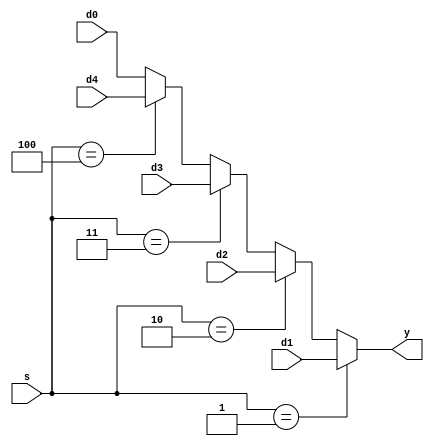
`timescale 1ns / 1ps

module mux5 #(parameter WIDTH = 8)(
	 input [WIDTH-1:0] d0, 
	 input [WIDTH-1:0] d1, 
	 input [WIDTH-1:0] d2, 
	 input [WIDTH-1:0] d3, 
	 input [WIDTH-1:0] d4,
	 input [2:0] s,
	 output reg [WIDTH-1:0] y
	 );

    always @(*)
		 if(s == 3'b001) y = d1;
		 else if(s == 3'b010) y = d2;
		 else if(s == 3'b011) y = d3;
		 else if(s == 3'b100) y = d4;
		 else y = d0;

endmodule